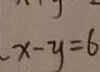
x - y = 6